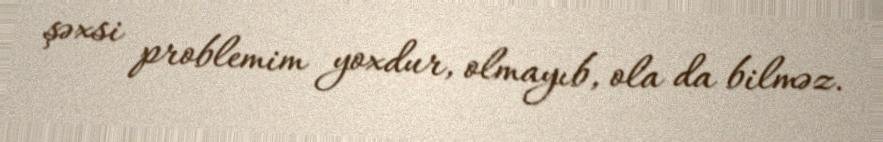
şəxsi problemim yoxdur, olmayıb, ola da bilməz.